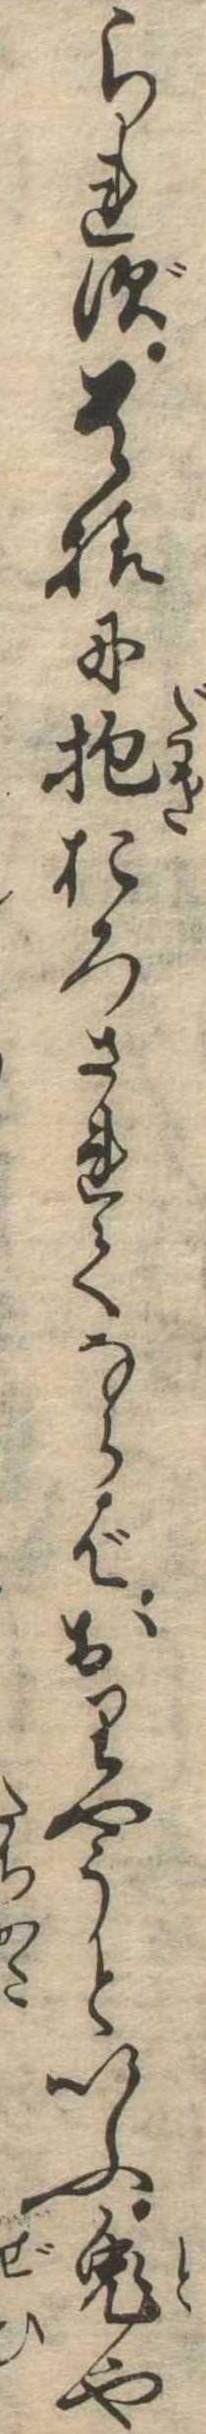
られず貴様に抱おろされてならばおりやうといふ兎や